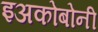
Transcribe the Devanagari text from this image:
इअकोबोनी